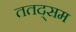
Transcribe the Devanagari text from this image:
ततद्सम